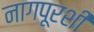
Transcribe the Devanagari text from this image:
नागपूरशी